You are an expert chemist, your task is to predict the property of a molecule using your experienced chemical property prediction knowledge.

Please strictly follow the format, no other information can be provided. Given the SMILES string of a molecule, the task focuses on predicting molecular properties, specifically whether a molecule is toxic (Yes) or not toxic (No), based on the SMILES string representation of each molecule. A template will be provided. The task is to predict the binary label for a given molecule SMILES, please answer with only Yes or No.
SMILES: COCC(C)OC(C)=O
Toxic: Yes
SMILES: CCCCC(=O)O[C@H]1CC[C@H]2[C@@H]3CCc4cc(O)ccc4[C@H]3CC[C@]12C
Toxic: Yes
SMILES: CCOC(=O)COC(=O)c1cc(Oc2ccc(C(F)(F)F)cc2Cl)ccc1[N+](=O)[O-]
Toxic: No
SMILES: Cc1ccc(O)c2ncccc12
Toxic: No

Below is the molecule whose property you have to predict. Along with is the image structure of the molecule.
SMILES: O=NN1CCN(N=O)CC1
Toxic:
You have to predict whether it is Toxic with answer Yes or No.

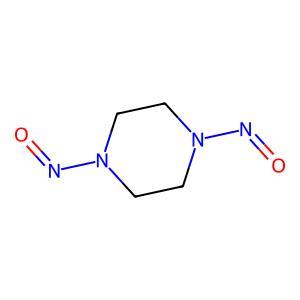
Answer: No